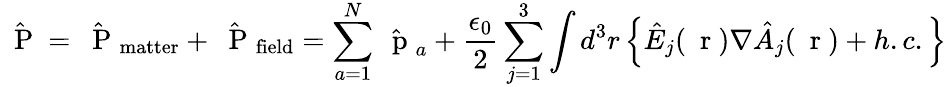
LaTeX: \hat{\mathrm{~\mathbf~P~}}=\hat{\mathrm{~\mathbf~P~}}_{\mathrm{matter}}+\hat{\mathrm{~\mathbf~P~}}_{\mathrm{field}}=\sum_{a=1}^{N}\hat{\mathrm{~\mathbf~p~}}_{a}+\frac{\epsilon_{0}}{2}\sum_{j=1}^{3}\int d^{3}r\left\{ \hat{E}_{j}(\mathrm{~\mathbf~r~})\nabla\hat{A}_{j}(\mathrm{~\mathbf~r~})+h.c.\right\}